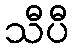
သီပီ